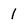
Character: 1